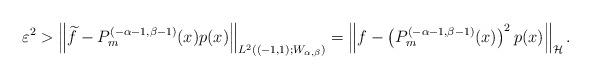
LaTeX: \begin{align*}\varepsilon^2&>\left\|\widetilde f - P_m^{(-\alpha-1,\beta-1)}(x) p(x) \right\|_{L^2((-1,1);W_{\alpha,\beta})} =\left\|f - \left(P_m^{(-\alpha-1,\beta-1)}(x)\right)^2 p(x) \right\|_{\mathcal H} .\end{align*}